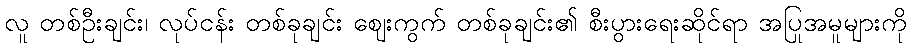
လူ တစ်ဦးချင်း၊ လုပ်ငန်း တစ်ခုချင်း ဈေးကွက် တစ်ခုချင်း၏ စီးပွားရေးဆိုင်ရာ အပြုအမူများကို